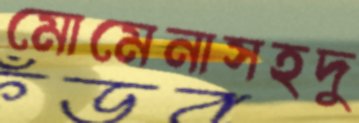
মোমেনাসহদু